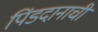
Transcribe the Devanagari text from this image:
पिंडदानाची